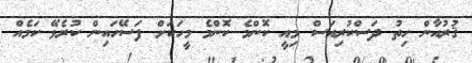
ޤުރުއާން ހިތު ދަސްކުރިއަސް މިއީ ކޮންމެ ކޮންމެ މީހަކަށް ފަސޭހައިން ކުރެވޭ ކަމެއް